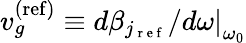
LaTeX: v_{g}^{\mathrm{(ref)}}\equiv\left.d\beta_{j_{\mathrm{~r~e~f~}}}/d\omega\right|_{\omega_{0}}